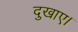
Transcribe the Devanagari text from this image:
दुखाए।